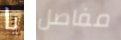
يا مفاصل